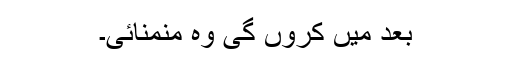
بعد میں کروں گی وہ منمنائی۔